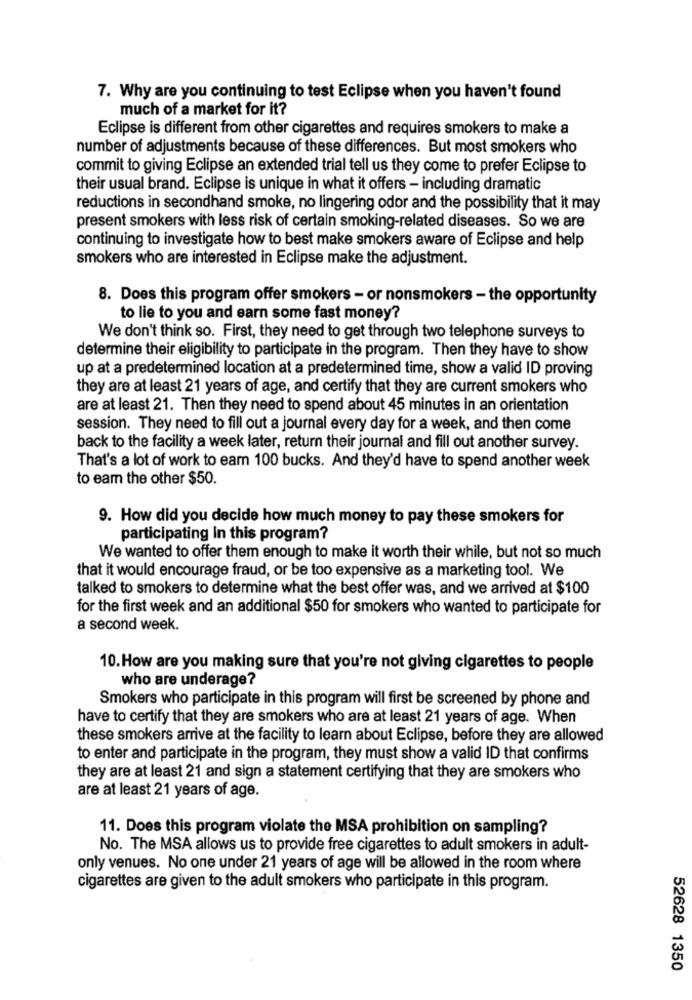
7. Why are you continuing to test Eclipse when you haven't found
much of a market for it?
Eclipse is different from other cigarettes and requires smokers to make a
number of adjustments because of these differences. But most smokers who
commit to giving Eclipse an extended trial tell us they come to prefer Eclipse to
their usual brand. Eclipse is unique in what it offers - including dramatic
reductions in secondhand smoke, no lingering odor and the possibility that it may
present smokers with less risk of certain smoking-related diseases. So we are
continuing to investigate how to best make smokers aware of Eclipse and help
smokers who are interested in Eclipse make the adjustment.
8. Does this program offer smokers - or nonsmokers - the opportunity
to lie to you and earn some fast money?
We don't think so. First, they need to get through two telephone surveys to
determine their eligibility to participate in the program. Then they have to show
up at a predetermined location at a predetermined time, show a valid ID proving
they are at least 21 years of age, and certify that they are current smokers who
are at least 21. Then they need to spend about 45 minutes in an orientation
session. They need to fill out a journal every day for a week, and then come
back to the facility a week later, return their journal and fill out another survey.
That's a lot of work to earn 100 bucks. And they'd have to spend another week
to eam the other $50.
9. How did you decide how much money to pay these smokers for
participating In this program?
We wanted to offer them enough to make it worth their while, but not so much
that it would encourage fraud, or be too expensive as a marketing tool. We
talked to smokers to determine what the best offer was, and we arrived at $100
for the first week and an additional $50 for smokers who wanted to participate for
a second week.
10.How are you making sure that you're not giving cigarettes to people
who are underage?
Smokers who participate in this program will first be screened by phone and
have to certify that they are smokers who are at least 21 years of age. When
these smokers arrive at the facility to learn about Eclipse, before they are allowed
to enter and participate in the program, they must show a valid ID that confirms
they are at least 21 and sign a statement certifying that they are smokers who
are at least 21 years of age.
11. Does this program violate the MSA prohibition on sampling?
No. The MSA allows us to provide free cigarettes to adult smokers in adult-
only venues. No one under 21 years of age will be allowed in the room where
cigarettes are given to the adult smokers who participate in this program.
52628 1350